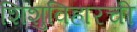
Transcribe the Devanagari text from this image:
शिशुविहारची